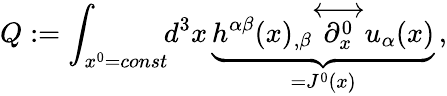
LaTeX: Q:=\int_{x^{0}=const}\! \! d^{3}x\, \underbrace{h^{\alpha\beta}(x)_{,\beta}{\stackrel{\longleftrightarrow}{\partial_{x}^{0}}}u_{\alpha}(x)}_{=J^{0}(x)}\, ,